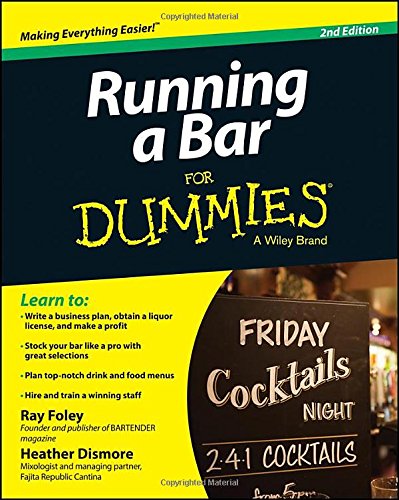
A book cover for Running a Bar For Dummies; Ray Foley; Cookbooks, Food & Wine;